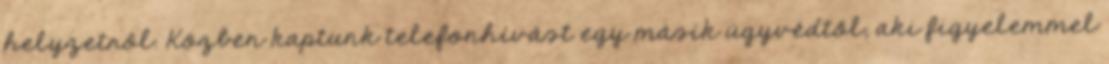
helyzetről. Közben kaptunk telefonhívást egy másik ügyvédtől, aki figyelemmel